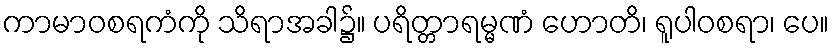
ကာမာဝစရကံကို သိရာအခါ၌။ ပရိတ္တာရမ္မဏံ ဟောတိ၊ ရူပါဝစရာ၊ ပေ။